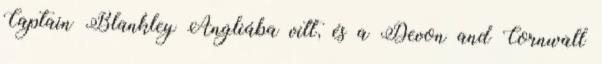
Captain Blankley Angliába vitt, és a Devon and Cornwall